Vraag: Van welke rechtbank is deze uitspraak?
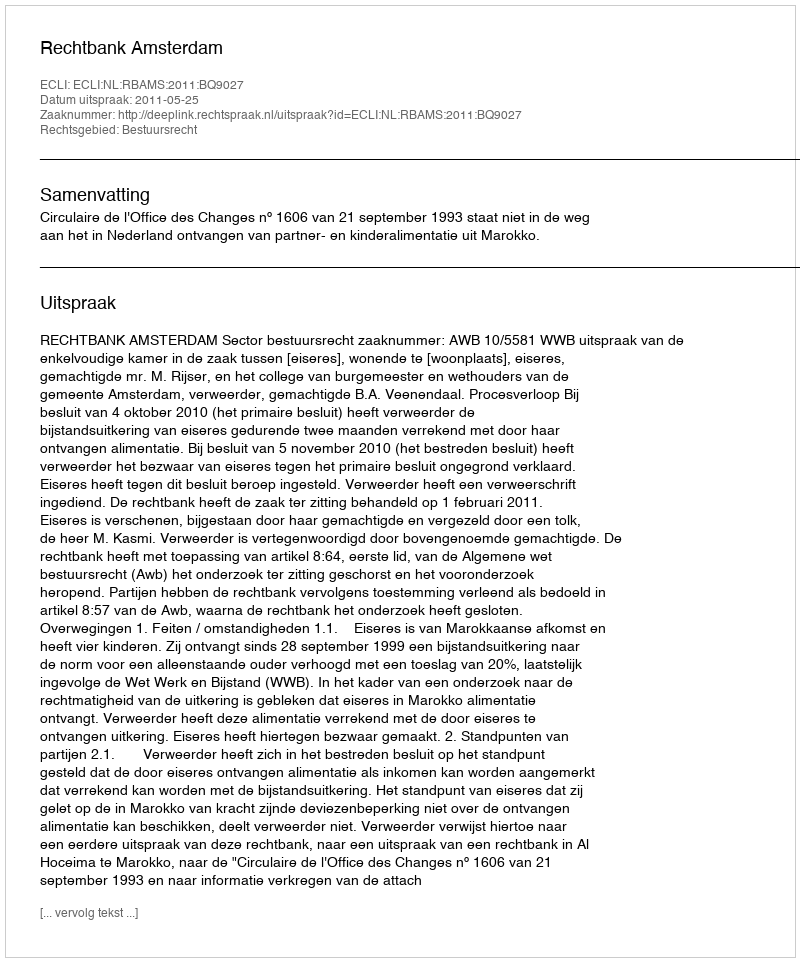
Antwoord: Rechtbank Amsterdam